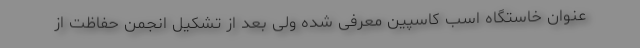
عنوان خاستگاه اسب کاسپین معرفی شده ولی بعد از تشکیل انجمن حفاظت از